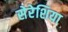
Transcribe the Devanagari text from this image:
सेरेशिया